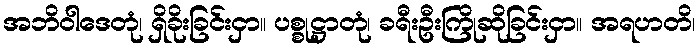
အဘိဝါဒေတုံ၊ ရှိခိုးခြင်းငှာ။ ပစ္စုဋ္ဌာတုံ၊ ခရီးဦးကြိုဆိုခြင်းငှာ။ အရဟတိ၊